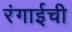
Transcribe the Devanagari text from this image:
रंगाईची